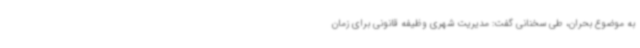
به موضوع بحران، طی سخنانی گفت: مدیریت شهری وظیفه قانونی برای زمان